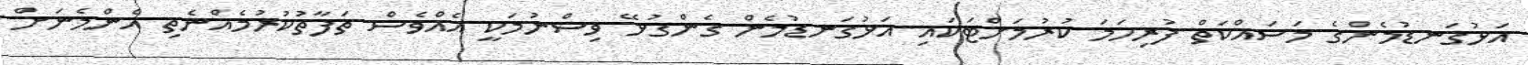
އަޅުގަނޑުމެންގެ މަސައްކަތް ފުރިހަމަ ކުރުމަށްޓަކައި އަޅުގަނޑުމެން ގެންގުޅޭ ވިސްނުމަކީ އެއްވެސް ތަފާތުކުރުމެއްނެތި އެންމެނަށް